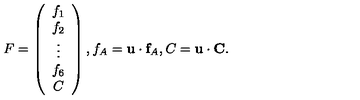
F = \left( \begin{array} { c } { f _ { 1 } } \\ { f _ { 2 } } \\ { \vdots } \\ { f _ { 6 } } \\ { C } \\ \end{array} \right) , f _ { A } = { \bf u } \cdot { \bf f } _ { A } , C = { \bf u } \cdot { \bf C } .